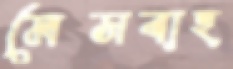
মেসবাহ